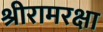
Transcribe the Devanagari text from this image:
श्रीरामरक्षा